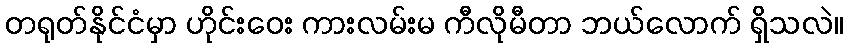
တရုတ်နိုင်ငံမှာ ဟိုင်းဝေး ကားလမ်းမ ကီလိုမီတာ ဘယ်လောက် ရှိသလဲ။